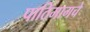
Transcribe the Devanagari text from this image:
पाठिमागचे